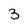
Character: 3